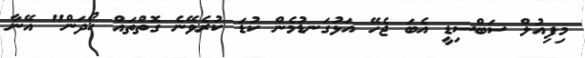
މިފިއުލް ސަބްސިޑީ އެބަ ޖެހޭ އަޅުގަނޑުމެން ކުޑަ ކުރެވޭނެ ގޮތްތައް ހޯދަން" އޭނާ